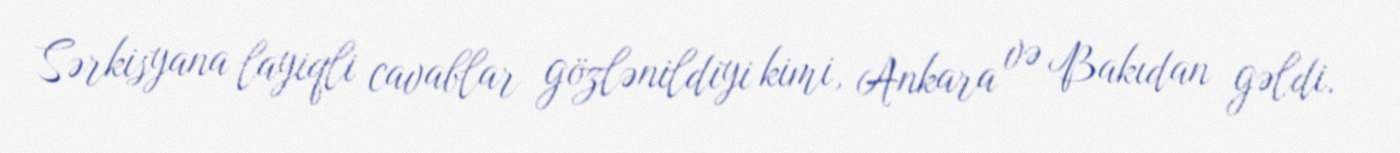
Sərkisyana layiqli cavablar gözlənildiyi kimi, Ankara və Bakıdan gəldi.